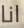
انا